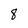
Character: 8